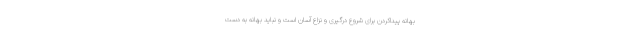
بهانه پیداکردن برای شروع درگیری و نزاع آسان است و نباید بهانه به دست